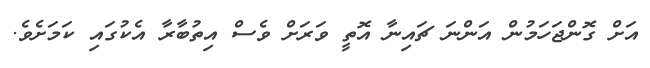
އަށް ގޮންޖަހަމުން އަންނަ ޗައިނާ އޮތީ ވަރަށް ވެސް އިތުބާރާ އެކުގައި ކަމަށެވެ.